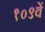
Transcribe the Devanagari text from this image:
१०९वें